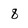
Character: 8